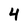
Character: 4